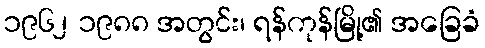
၁၉၆၂ ၁၉၈၈ အတွင်း၊ ရန်ကုန်မြို့၏ အခြေခံ